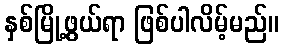
နှစ်မြို့ဖွယ်ရာ ဖြစ်ပါလိမ့်မည်။